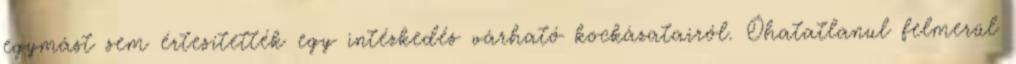
egymást sem értesítették egy intézkedés várható kockázatairól. Óhatatlanul felmerül